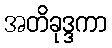
အတိခုဒ္ဒကာ